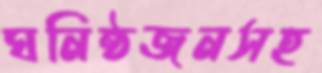
ঘনিষ্ঠজনসহ